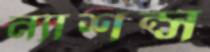
ন্যাশন্স